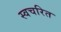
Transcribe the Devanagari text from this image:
स्वचरित